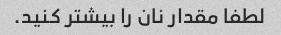
لطفا مقدار نان را بیشتر کنید.